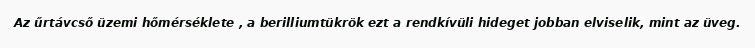
Az űrtávcső üzemi hőmérséklete , a berilliumtükrök ezt a rendkívüli hideget jobban elviselik, mint az üveg.